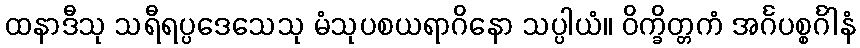
ထနာဒီသု သရီရပ္ပဒေသေသု မံသုပစယရာဂိနော သပ္ပါယံ။ ဝိက္ခိတ္တကံ အင်္ဂပစ္စင်္ဂါနံ